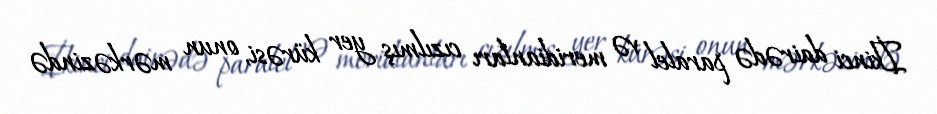
İkinci dairədə paralel və meridianları cızılmış yer kürəsi, onun mərkəzində